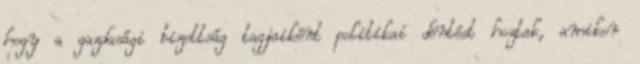
hogy a gazdasági bizottság tagjaiként politikai döntést hoztak, amikor